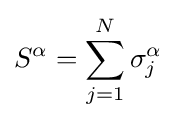
S^{\alpha }=\sum _{j=1}^{N}\sigma _{j}^{\alpha }